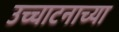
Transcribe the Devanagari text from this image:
उच्चाटनाच्या